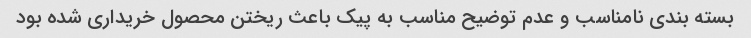
بسته بندی نامناسب و عدم توضیح مناسب به پیک باعث ریختن محصول خریداری شده بود